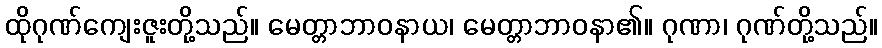
ထိုဂုဏ်ကျေးဇူးတို့သည်။ မေတ္တာဘာဝနာယ၊ မေတ္တာဘာဝနာ၏။ ဂုဏာ၊ ဂုဏ်တို့သည်။